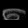
Digit: ၈